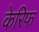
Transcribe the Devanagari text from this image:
केरिफ